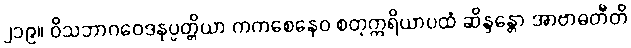
၂၁၉။ ဝိသဘာဂဝေဒနုပ္ပတ္တိယာ ကကစေနေဝ စတုဣရိယာပထံ ဆိန္ဒန္တော အာဗာဓတီတိ